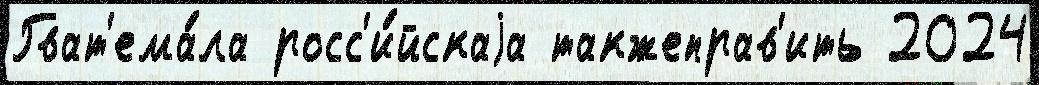
Гват'ема́ла росс'и́йскаjа такжеправ'ить 2024